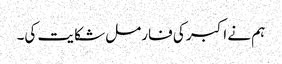
ہم نے اکبر کی فارمل شکایت کی۔